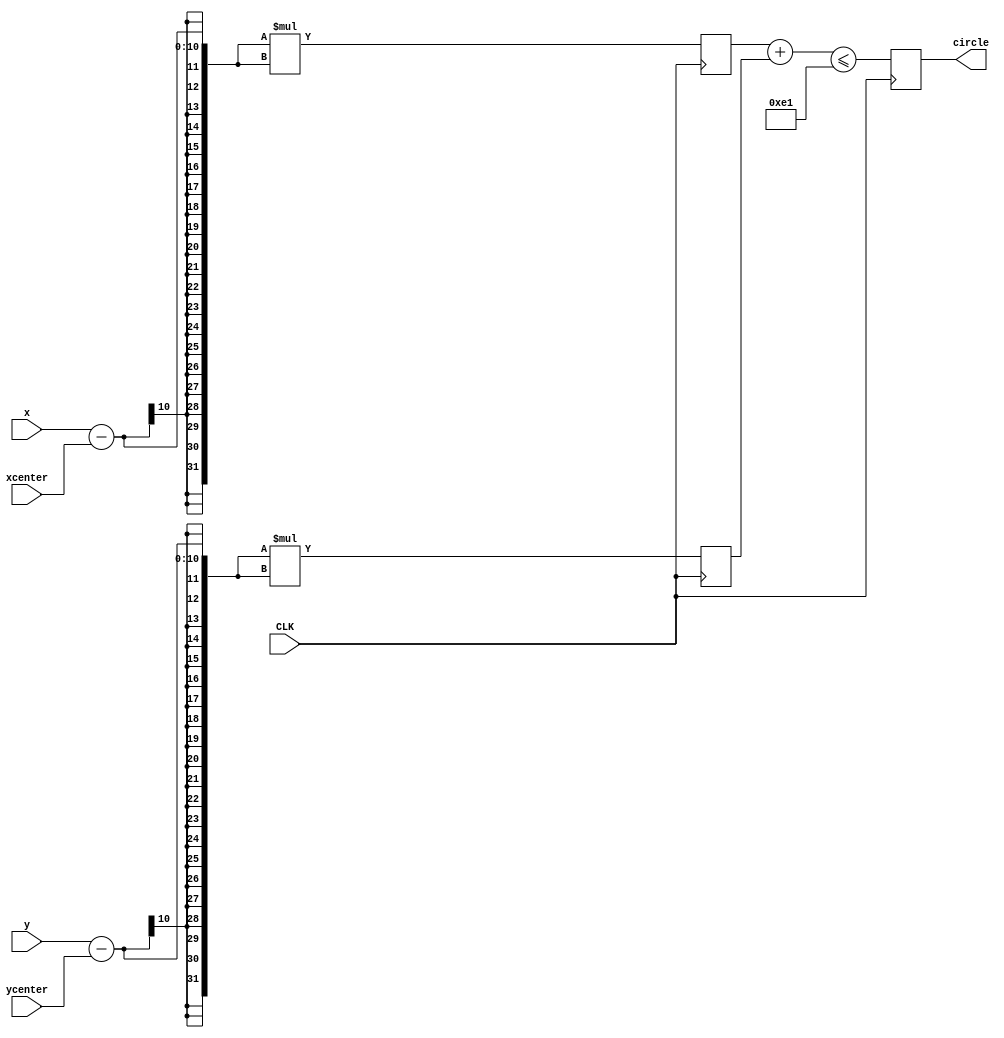
module circle (input [9:0] x,xcenter,y,ycenter, input wire CLK, output reg circle );


wire [31:0] r;
reg [31:0] xfinal;
reg [31:0] yfinal;

assign r= 32'd15;

always @(posedge CLK)
begin

 xfinal <=(x-xcenter)*(x-xcenter);
 yfinal <=(y-ycenter)*(y-ycenter);




 circle  <= ((xfinal+yfinal) <= r*r);
end

endmodule